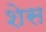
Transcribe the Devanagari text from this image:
शेस